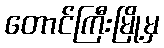
တောင်ကြီးမြို့မှ